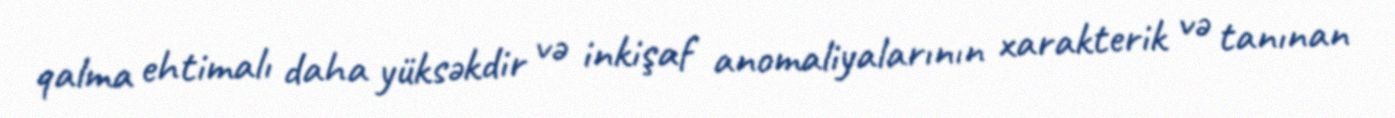
qalma ehtimalı daha yüksəkdir və inkişaf anomaliyalarının xarakterik və tanınan